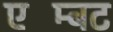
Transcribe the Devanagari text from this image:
एम्बिंट